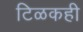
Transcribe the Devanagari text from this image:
टिळकही